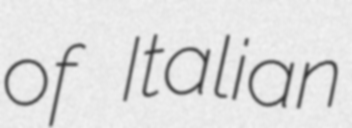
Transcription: of Italian